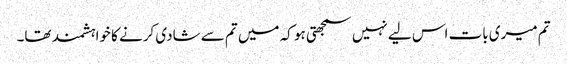
تم میری بات اس لیے نہیں سمجھتی ہو کہ میں تم سے شادی کرنے کا خواہشمند تھا۔